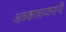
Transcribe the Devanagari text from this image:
अवकाशयानांनी